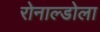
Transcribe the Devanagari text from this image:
रोनाल्डोला